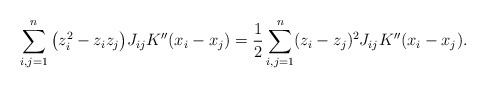
\begin{align*}\sum_{i,j=1}^n \big(z_i^2 - z_iz_j\big) J_{ij} K''(x_i-x_j) &= \frac12\sum_{i,j=1}^n (z_i - z_j)^2 J_{ij} K''(x_i-x_j).\end{align*}